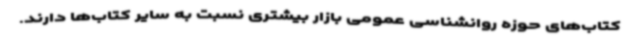
کتاب‌های حوزه روانشناسی عمومی بازار بیشتری نسبت به سایر کتاب‌ها دارند.